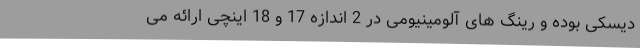
دیسکی بوده و رینگ های آلومینیومی در 2 اندازه 17 و 18 اینچی ارائه می